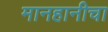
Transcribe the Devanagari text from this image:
मानहानीचा